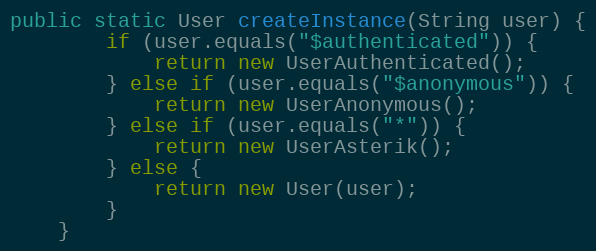
Language: Java
public static User createInstance(String user) {
        if (user.equals("$authenticated")) {
            return new UserAuthenticated();
        } else if (user.equals("$anonymous")) {
            return new UserAnonymous();
        } else if (user.equals("*")) {
            return new UserAsterik();
        } else {
            return new User(user);
        }
    }